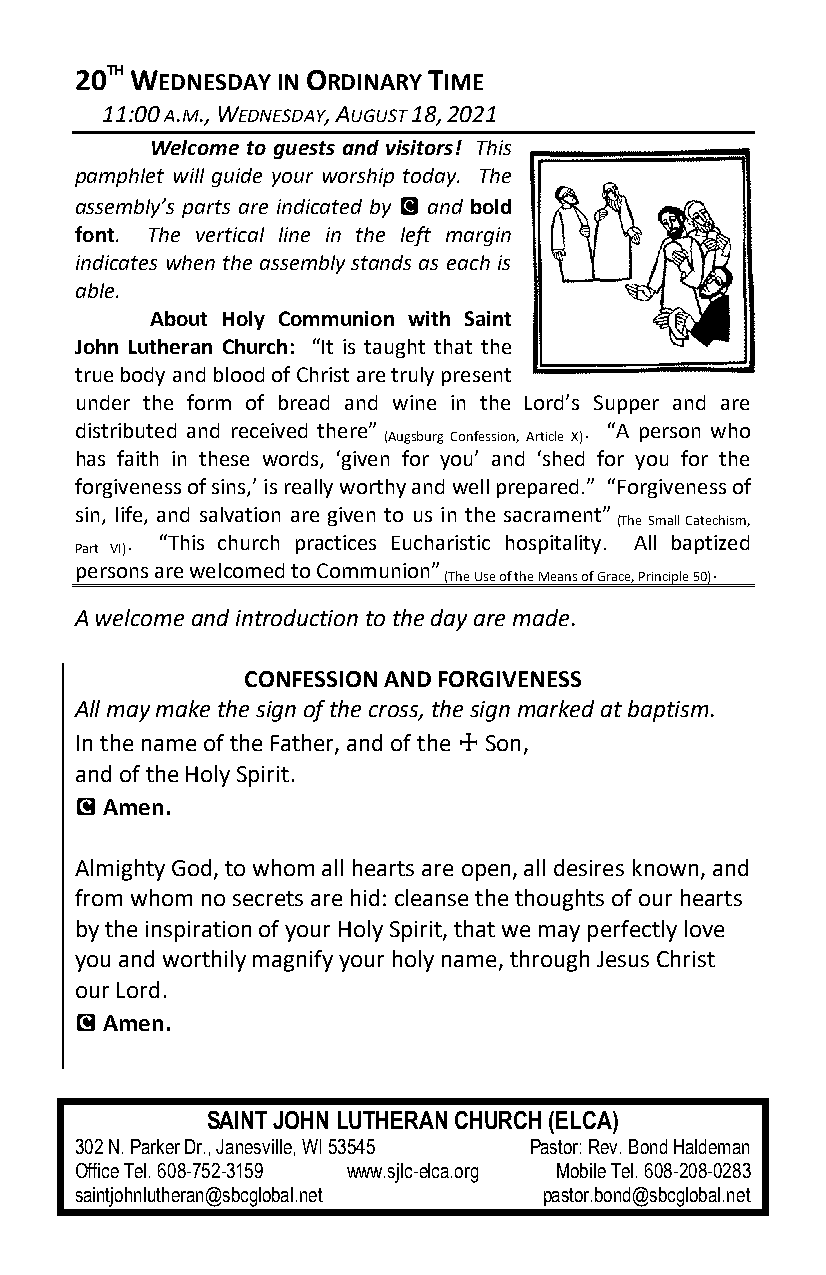
20TH WEDNESDAY IN ORDINARY TIME
 11:00 A.M., WEDNESDAY, AUGUST 18, 2021
 Welcome to guests and visitors! This
 pamphlet will guide your worship today. The
 assembly’s parts are indicated by C and bold
 font. The vertical line in the left margin
 indicates when the assembly stands as each is
 able.
 About Holy Communion with Saint
 John Lutheran Church: “It is taught that the
 true body and blood of Christ are truly present
 under the form of bread and wine in the Lord’s Supper and are
 distributed and received there”   . “A person who
 (Augsburg Confession, Article X)
 has faith in these words, ‘given for you’ and ‘shed for you for the
 forgiveness of sins,’ is really worthy and well prepared.” “Forgiveness of
 sin, life, and salvation are given to us in the sacrament”
 (The Small Catechism,
 . “This church practices Eucharistic hospitality. All baptized
 Part VI)
 persons are welcomed to Communion”        .
 (The Use of the Means of Grace, Principle 50)
 A welcome and introduction to the day are made.
 CONFESSION AND FORGIVENESS
 All may make the sign of the cross, the sign marked at baptism.
 In the name of the Father, and of the ☩ Son,
 and of the Holy Spirit.
 C Amen.
 Almighty God, to whom all hearts are open, all desires known, and
 from whom no secrets are hid: cleanse the thoughts of our hearts
 by the inspiration of your Holy Spirit, that we may perfectly love
 you and worthily magnify your holy name, through Jesus Christ
 our Lord.
 C Amen.
 SAINT JOHN LUTHERAN CHURCH (ELCA)
 302 N. Parker Dr., Janesville, WI 53545 Pastor: Rev. Bond Haldeman
 Office Tel. 608-752-3159 www.sjlc-elca.org Mobile Tel. 608-208-0283
 saintjohnlutheran@sbcglobal.net pastor.bond@sbcglobal.net